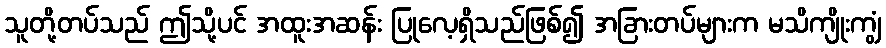
သူတို့တပ်သည် ဤသို့ပင် အထူးအဆန်း ပြုလေ့ရှိသည်ဖြစ်၍ အခြားတပ်များက မသိကျိုးကျွံ